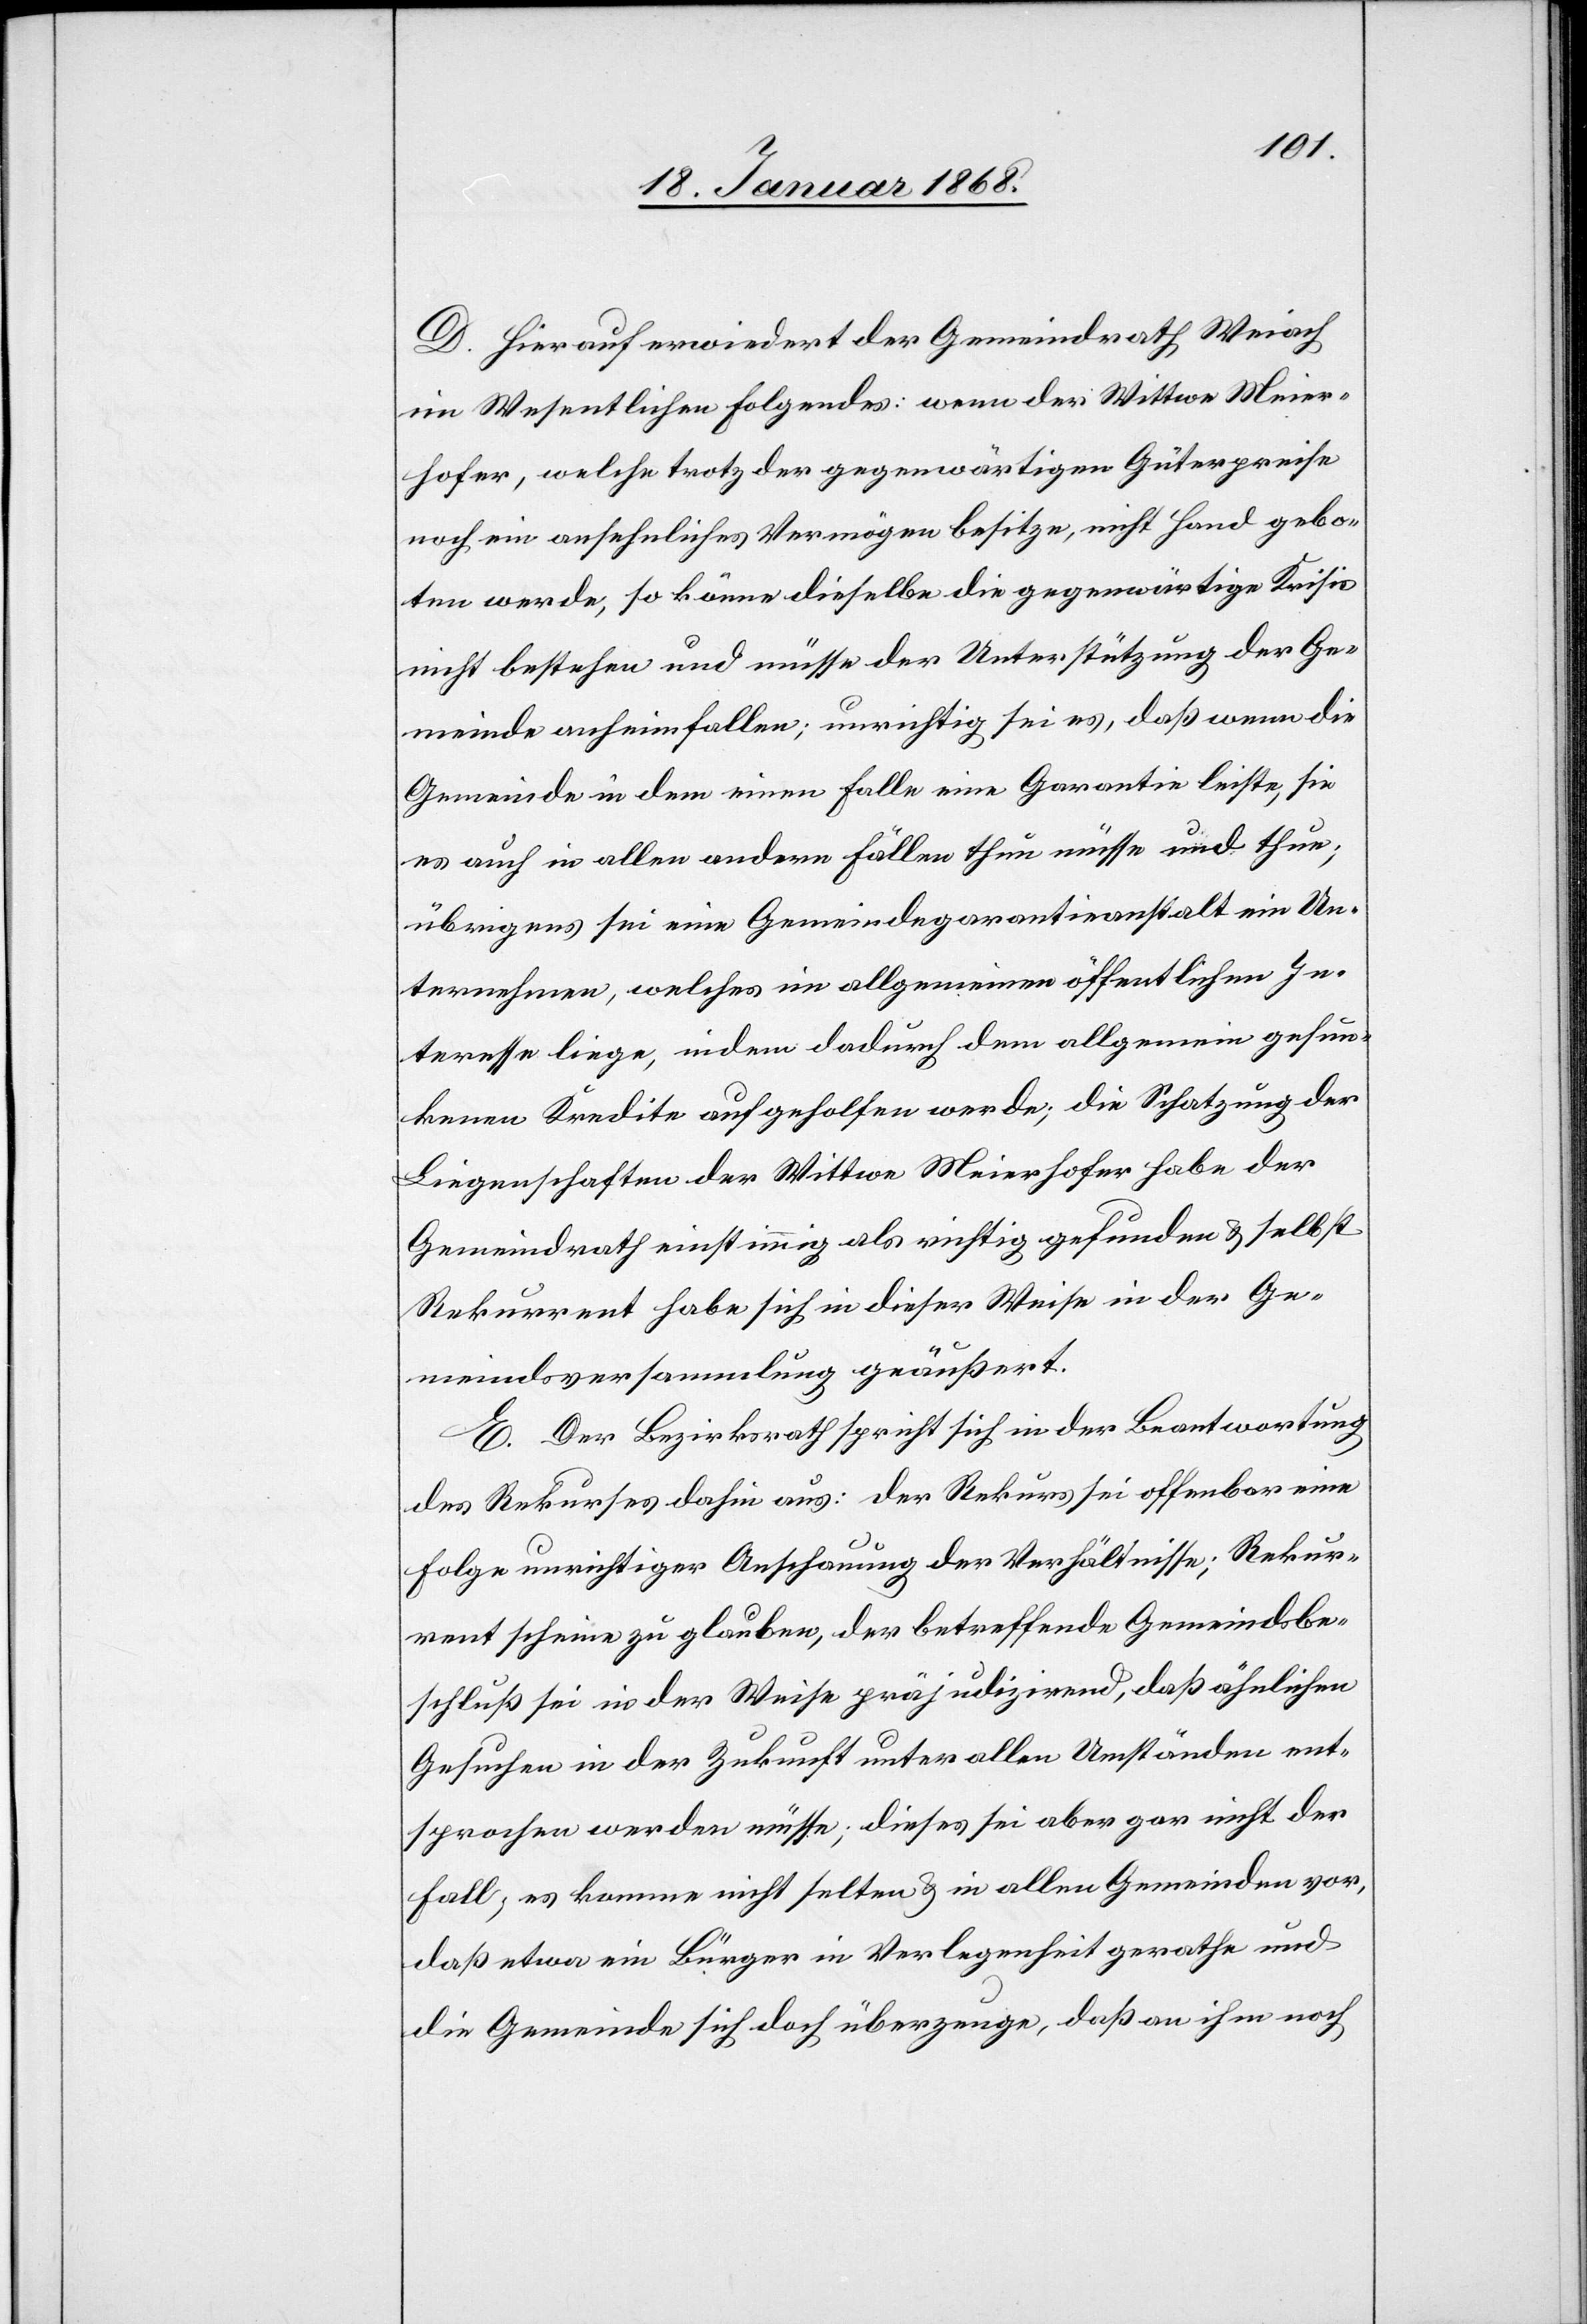
D. Hierauf erwiedert der Gemeindrath Weiach
im Wesentlichen Folgendes: wenn der Wittwe Meier¬
hofer, welche trotz der gegenwärtigen Güterpreise
noch ein ansehnliches Vermögen besitze, nicht Hand gebo¬
ten werde, so könne dieselbe die gegenwärtige Krisis
nicht bestehen und müsse der Unterstützung der Ge¬
meinde anheimfallen; unrichtig sei es, daß wenn die
Gemeinde in dem einen Falle eine Garantie leiste, sie
es auch in allen andern Fällen thun müsse und thue;
übrigens sei eine Gemeindegarantieanstalt ein Un¬
ternehmen, welches im allgemeinen öffentlichen In¬
teresse liege, indem dadurch dem allgemein gesun¬
kenen Kredite aufgeholfen werde; die Schatzung der
Liegenschaften der Wittwe Meierhofer habe der
Gemeindrath einstimmig als richtig gefunden & selbst
Rekurrent habe sich in dieser Weise in der Ge¬
meindsversammlung geäußert.
E. Der Bezirksrath spricht sich in der Beantwortung
des Rekurses dahin aus: der Rekurs sei offenbar eine
Folge unrichtiger Anschauung der Verhältnisse; Rekur¬
rent scheine zu glauben, der betreffende Gemeindsbe¬
schluß sei in der Weise präjudizirend, daß ähnlichen
Gesuchen in der Zukunft unter allen Umständen ent¬
sprochen werden müsse; dieses sei aber gar nicht der
Fall; es komme nicht selten & in allen Gemeinden vor,
daß etwa ein Bürger in Verlegenheit gerathe und
die Gemeinde sich doch überzeuge, daß an ihm noch